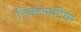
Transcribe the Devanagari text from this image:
निकोलावेना